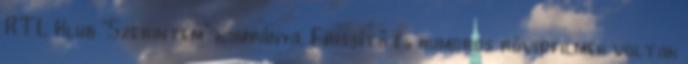
RTL Klub "Szerintem" kampánya. Frissítő és humoros rövidfilmek voltak